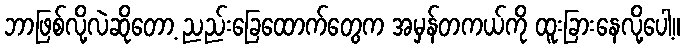
ဘာဖြစ်လို့လဲဆိုတော့ ညည်းခြေထောက်တွေက အမှန်တကယ်ကို ထူးခြားနေလို့ပေါ့။